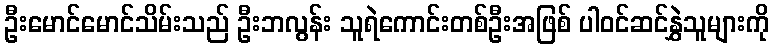
ဦးမောင်မောင်သိမ်းသည် ဦးဘလွန်း သူရဲကောင်းတစ်ဦးအဖြစ် ပါဝင်ဆင်နွှဲသူများကို